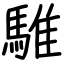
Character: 騅